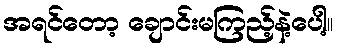
အရင်တော့ ချောင်းမကြည့်နဲ့ပေါ့။